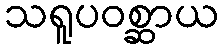
သရူပဝစ္ဆာယ